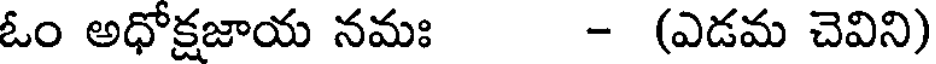
ఓం అధోక్షజాయ నమః - (ఎడమ చెవిని)